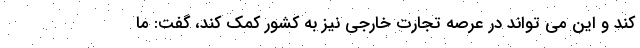
کند و این می تواند در عرصه تجارت خارجی نیز به کشور کمک کند، گفت: ما